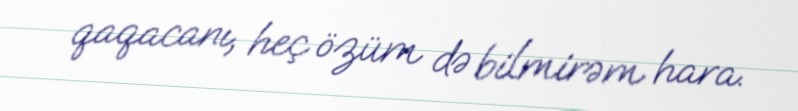
qaqacanı, heç özüm də bilmirəm hara.